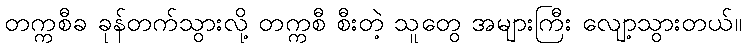
တက္ကစီခ ခုန်တက်သွားလို့ တက္ကစီ စီးတဲ့ သူတွေ အများကြီး လျော့သွားတယ်။